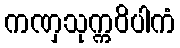
ကဏှသုက္ကဝိပါကံ